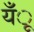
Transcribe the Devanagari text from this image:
यँू